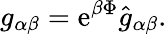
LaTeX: g_{\alpha\beta}=\mathrm{e}^{\beta\Phi}\hat{{g}}_{\alpha\beta}.